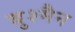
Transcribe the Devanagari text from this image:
बुश्मैन